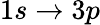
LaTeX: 1s\rightarrow 3p